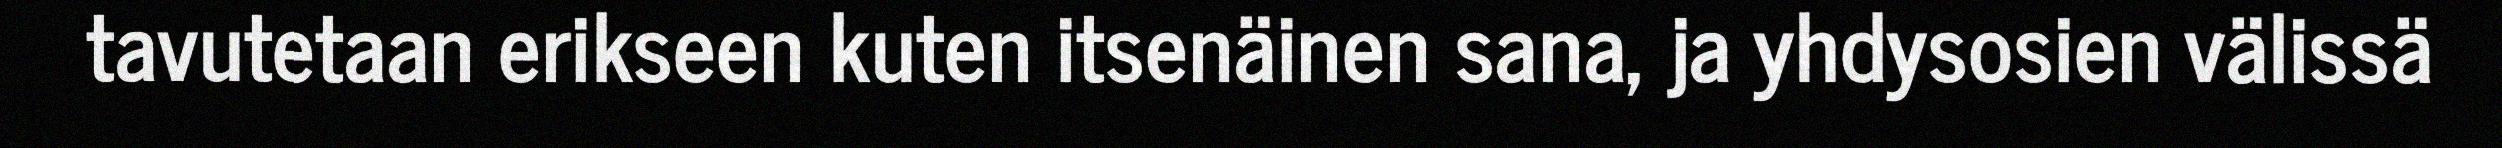
tavutetaan erikseen kuten itsenäinen sana, ja yhdysosien välissä